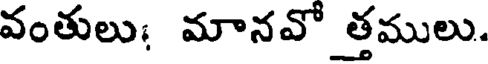
వంతులు; మానవో త్తములు.